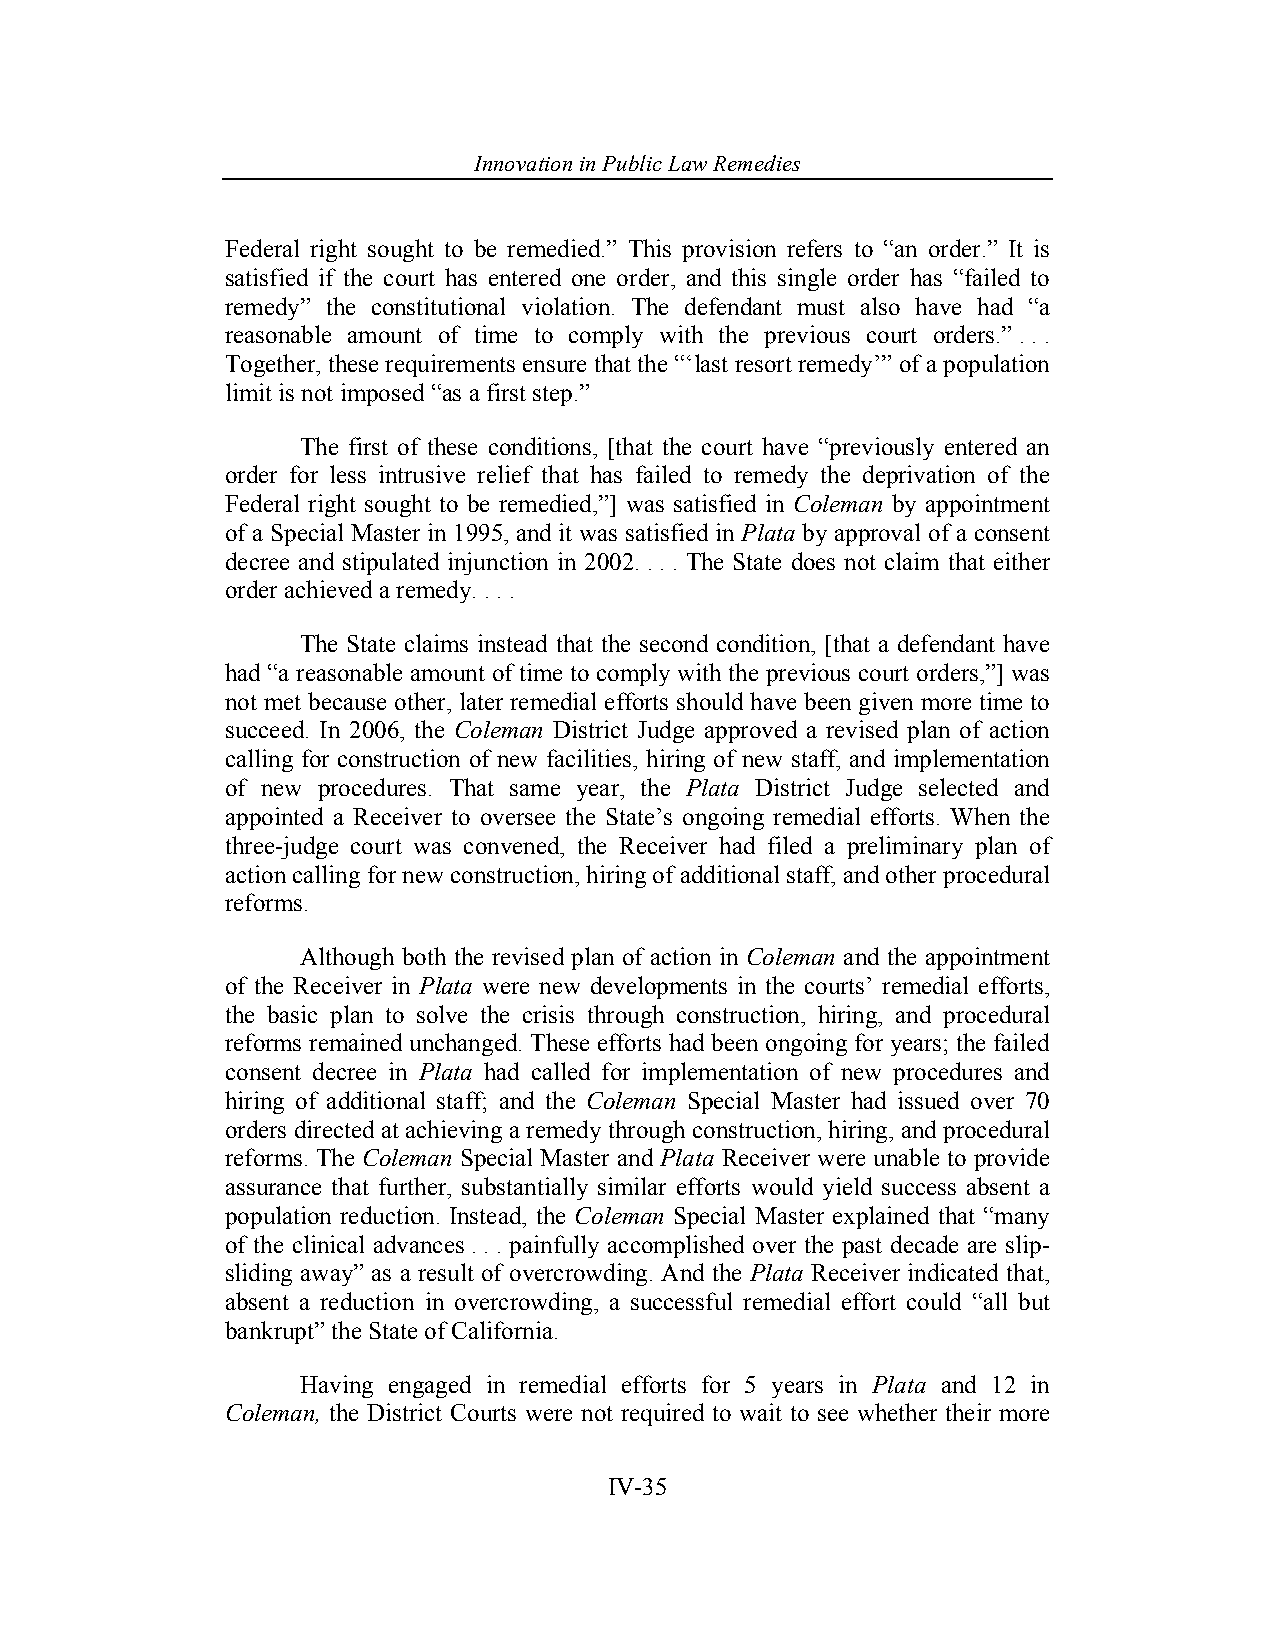
Innovation in Pub lic Law Remedies
 Federal right sought to be remedied.” This provision refers to “an order.” It is
 satisfied if the court has entered one order, and this single order has “failed to
 remedy” the constitutional violation. The defendant must also have had “a
 reasonable amount of time to comply with the previous court orders.” . . .
 Together, these requirements ensure that the “‘last resort remedy’” of a population
 limit is not imposed “as a first step.”
 The first of these conditions, [that the court have “previously entered an
 order for less intrusive relief that has failed to remedy the deprivation of the
 Federal right sought to be remedied,”] was satisfied in Coleman by appointment
 of a Special Master in 1995, and it was satisfied in Plata by approval of a consent
 decree and stipulated injunction in 2002. . . . The State does not claim that either
 order achieved a remedy. . . .
 The State claims instead that the second condition, [that a defendant have
 had “a reasonable amount of time to comply with the previous court orders,”] was
 not met because other, later remedial efforts should have been given more time to
 succeed. In 2006, the Coleman District Judge approved a revised plan of action
 calling for construction of new facilities, hiring of new staff, and implementation
 of new procedures. That same year, the Plata District Judge selected and
 appointed a Receiver to oversee the State’s ongoing remedial efforts. When the
 three-judge court was convened, the Receiver had filed a preliminary plan of
 action calling for new construction, hiring of additional staff, and other procedural
 reforms.
 Although both the revised plan of action in Coleman and the appointment
 of the Receiver in Plata were new developments in the courts’ remedial efforts,
 the basic plan to solve the crisis through construction, hiring, and procedural
 reforms remained unchanged. These efforts had been ongoing for years; the failed
 consent decree in Plata had called for implementation of new procedures and
 hiring of additional staff; and the Coleman Special Master had issued over 70
 orders directed at achieving a remedy through construction, hiring, and procedural
 reforms. The Coleman Special Master and Plata Receiver were unable to provide
 assurance that further, substantially similar efforts would yield success absent a
 population reduction. Instead, the Coleman Special Master explained that “many
 of the clinical advances . . . painfully accomplished over the past decade are slip-
 sliding away” as a result of overcrowding. And the Plata Receiver indicated that,
 absent a reduction in overcrowding, a successful remedial effort could “all but
 bankrupt” the State of California.
 Having engaged in remedial efforts for 5 years in Plata and 12 in
 Coleman, the District Courts were not required to wait to see whether their more
 IV-35